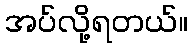
အပ်လို့ရတယ်။